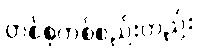
တစ်စုတစ်စည်းတည်း